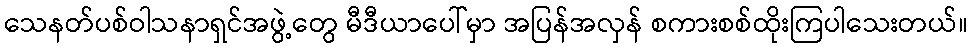
သေနတ်ပစ်ဝါသနာရှင်အဖွဲ့တွေ မီဒီယာပေါ်မှာ အပြန်အလှန် စကားစစ်ထိုးကြပါသေးတယ်။